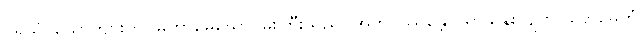
ပုရိသံ၊ ယောကျ်ားကို။ မဟာမေဃော၊ မိုးကြီးသည်။ အဘိဝဿန္တော၊ ရွာသွန်းလျက်။ တေမေတုံ၊